Lyperosia minuta, Bezzi - Number 59
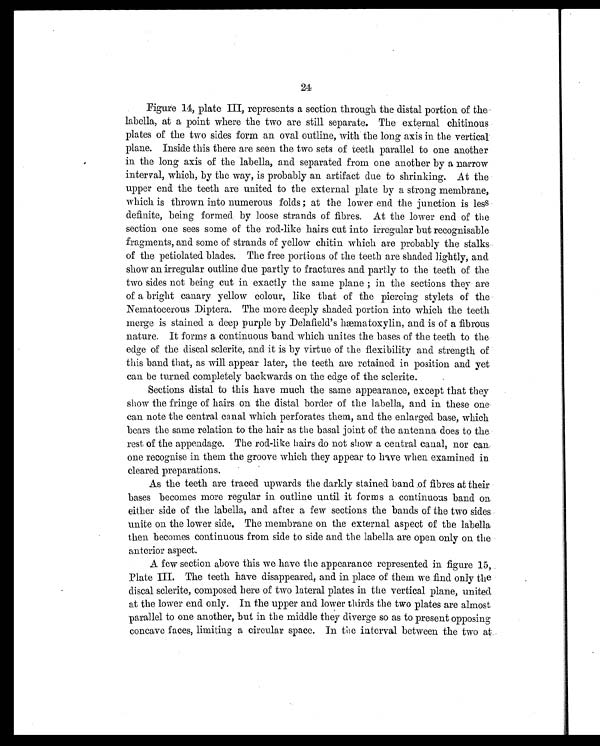
24
Figure 14, plate III, represents a section through the distal portion of the
labella, at a point where the two are still separate. The external chitinous
plates of the two sides form an oval outline, with the long axis in the vertical
plane. Inside this there are seen the two sets of teeth parallel to one another
in the long axis of the labella, and separated from one another by a narrow
interval, which, by the way, is probably an artifact due to shrinking. At the
upper end the teeth are united to the external plate by a strong membrane,
which is thrown into numerous folds ; at the lower end the junction is less
definite, being formed: by loose strands of fibres. At the lower end of the
section one sees some of the rod-like hairs cut into irregular but recognisable
fragments, and some of strands of yellow chitin which are probably the stalks
of the petiolated blades. The free portions of the teeth are shaded lightly, and
show an irregular outline clue partly to fractures and partly to the teeth of the
two sides not being cut in exactly the same plane ; in the sections they are
of a bright canary yellow colour, like that of the piercing stylets of the
Nematocerous Diptera. The more deeply shaded portion into which the teeth
merge i s stai ned a deep purpl e by Del afi el d' s hæmatoxyl i n, and i s of a fi brous
nature. It forms a continuous band which unites the bases of the teeth to the
edge of the discal sclerite, and it is by virtue of the flexibility and strength of
this band that, as will appear later, the teeth are retained in position and yet
can be turned completely backwards on the edge of the sclerite.
Sections distal to this have much the same appearance, except that they
show the fringe of hairs on the distal border of the labella, and in these one
can note the central canal which perforates them, and the enlarged base, which
bears the same relation to the hair as the basal joint of the antenna does to the
rest of the appendage. The rod-like hairs do not show a central canal, nor can
one recogni se i n them the groove whi ch they appear to have when exami ned i n
cleared preparations.
As the teeth are traced upwards the darkly stained band of fibres at their
bases becomes more regular in outline until it forms a continuous band on
either side of the labella, and after a few sections the bands of the two sides
unite on the lower side. The membrane on the external aspect of the labella
then becomes continuous from side to side and the labella are open only on the
anterior aspect.
A few section above this we have the appearance represented in figure 15,
Plate III. The teeth have disappeared, and in place of them we find only the
discal sclerite, composed here of two lateral plates in the vertical plane, united
at the lower end only. In the upper and lower thirds the two plates are almost
parallel to one another, but in the middle they diverge so as to present opposing
concave faces, limiting a circular space. In the interval between the two at